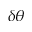
\delta \theta